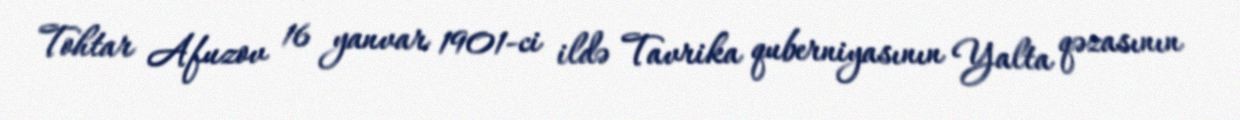
Tohtar Afuzov 16 yanvar 1901-ci ildə Tavrika quberniyasının Yalta qəzasının